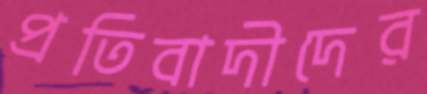
প্রতিবাদীদের